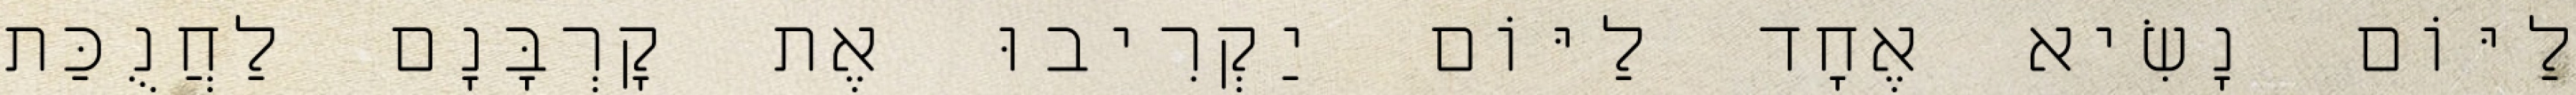
לַיּוֹם נָשִׂיא אֶחָד לַיּוֹם יַקְרִיבוּ אֶת קָרְבָּנָם לַחֲנֻכַּת